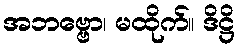
အဘဗ္ဗော၊ မထိုက်။ ဒိဋ္ဌိ